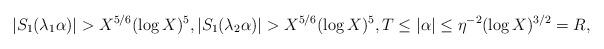
LaTeX: \begin{align*}\vert S_1(\lambda_1\alpha)\vert > X^{5/6} (\log X)^5,\vert S_1(\lambda_2\alpha)\vert > X^{5/6} (\log X)^5,T \le \vert \alpha\vert \le \eta^{-2}(\log X)^{3/2} = R,\end{align*}